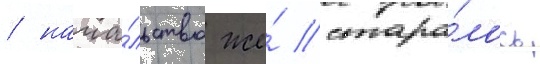
/ нача́льство же́ стара́лось